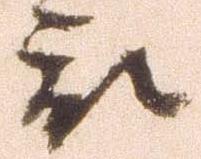
被